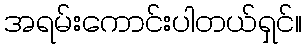
အရမ်းကောင်းပါတယ်ရှင်။